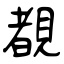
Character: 覩